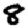
Digit: 8